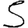
Digit: 5